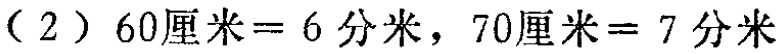
（2）$60\text{厘米}=6\text{分米}，70\text{厘米}=7\text{分米}$